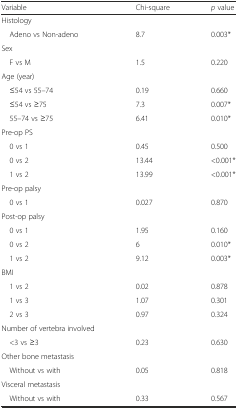
| Variable | Chi-square | p value |
 | --- | --- | --- |
 | Histology |  |  |
 | Adeno vs Non-adeno | 8.7 | 0.003* |
 | Sex |  |  |
 | F vs M | 1.5 | 0.220 |
 | Age (year) |  |  |
 | ≤54 vs 55–74 | 0.19 | 0.660 |
 | ≤54 vs ≥75 | 7.3 | 0.007* |
 | 55–74 vs ≥75 | 6.41 | 0.010* |
 | Pre-op PS |  |  |
 | 0 vs 1 | 0.45 | 0.500 |
 | 0 vs 2 | 13.44 | <0.001* |
 | 1 vs 2 | 13.99 | <0.001* |
 | Pre-op palsy |  |  |
 | 0 vs 1 | 0.027 | 0.870 |
 | Post-op palsy |  |  |
 | 0 vs 1 | 1.95 | 0.160 |
 | 0 vs 2 | 6 | 0.010* |
 | 1 vs 2 | 9.12 | 0.003* |
 | BMI |  |  |
 | 1 vs 2 | 0.02 | 0.878 |
 | 1 vs 3 | 1.07 | 0.301 |
 | 2 vs 3 | 0.97 | 0.324 |
 | Number of vertebra involved |  |  |
 | <3 vs ≥3 | 0.23 | 0.630 |
 | Other bone metastasis |  |  |
 | Without vs with | 0.05 | 0.818 |
 | Visceral metastasis |  |  |
 | Without vs with | 0.33 | 0.567 |